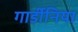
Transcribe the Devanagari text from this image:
गार्डीनिया